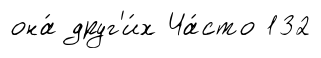
она́ друг'и́х Ча́сто 132